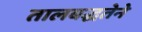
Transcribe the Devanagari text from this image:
तालबद्धतेने